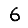
Digit: 6